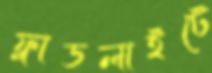
ফ্লাডলাইটে